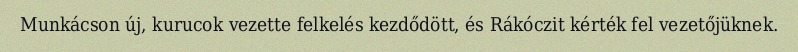
Munkácson új, kurucok vezette felkelés kezdődött, és Rákóczit kérték fel vezetőjüknek.